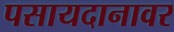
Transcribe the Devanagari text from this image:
पसायदानावर